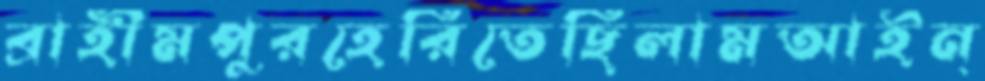
ব্রাহীমপুরহেরিতেছিলামআইন্